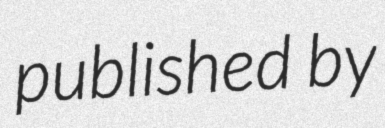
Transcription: published by